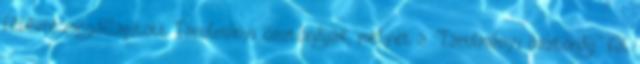
félévre megállapított Tanulmányi ösztöndíjak, melyet a 'Tanulmányi ösztöndíj' fül